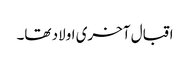
اقبال آخری اولاد تھا۔